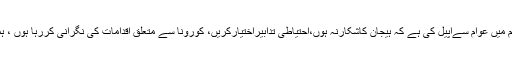
تفصیلات کے مطابق وزیراعظم عمران خان نے یوم پاکستان پرپیغام میں عوام سےاپیل کی ہے کہ ہیجان کاشکارنہ ہوں،احتیاطی تدابیراختیارکریں، کورونا سے متعلق اقدامات کی نگرانی کررہا ہوں ، ہمارےپاس اس مشکل صورتحال سےنمٹنےکی صلاحیت موجودہے۔